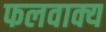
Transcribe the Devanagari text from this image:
फलवाक्य